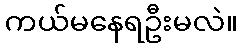
ကယ်မနေရဦးမလဲ။